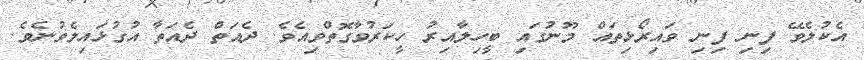
އެކުލެވޭ ފިނި ފިނި ވައިރޯޅިތައް މޫނުގައި ބީހިލާއިރު ހީކަރުވާގޮތްވިއެވެ. ދެއަތް ދެއަތާ އުގުޅައިލެވުނެވެ.